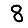
Digit: 8